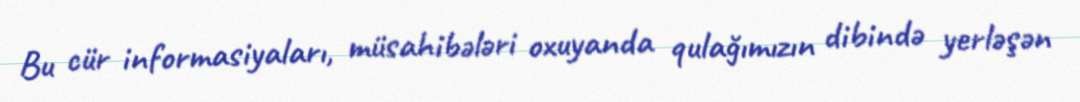
Bu cür informasiyaları, müsahibələri oxuyanda qulağımızın dibində yerləşən